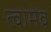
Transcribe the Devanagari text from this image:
त्वामेव